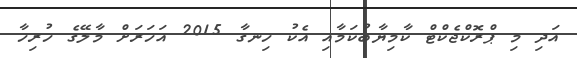
އަދި މި ޕްރޮކްޖެކްޓް ކާމިޔާބުކަމާއި އެކު ހިނގާ 2015 އަހަރަށް މާލޭގެ ހުރިހާ